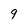
Character: 9